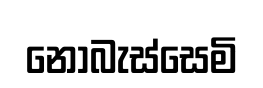
නොබැස්සෙමි